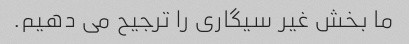
ما بخش غیر سیگاری را ترجیح می دهیم.